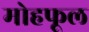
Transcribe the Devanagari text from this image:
मोहफूल